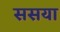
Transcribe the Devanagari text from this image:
ससया